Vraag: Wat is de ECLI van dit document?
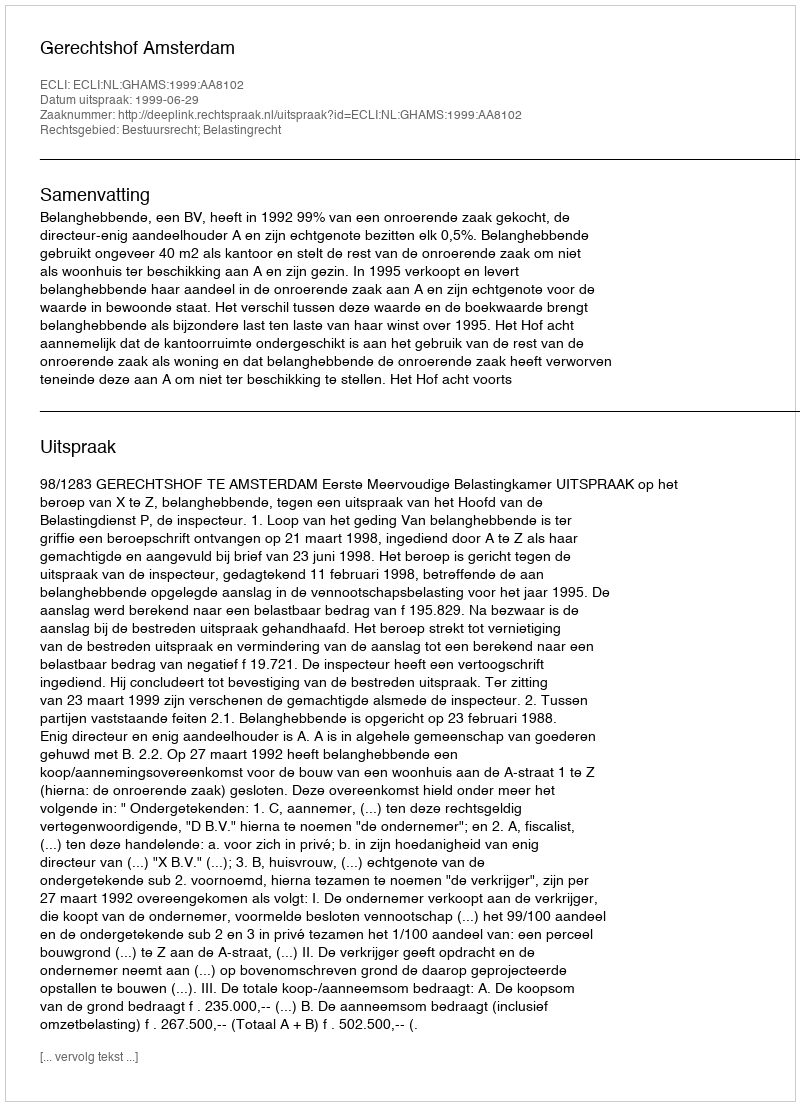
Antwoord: ECLI:NL:GHAMS:1999:AA8102